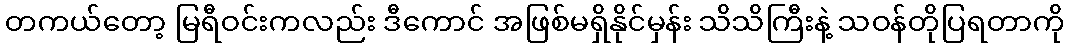
တကယ်တော့ မြရီဝင်းကလည်း ဒီကောင် အဖြစ်မရှိနိုင်မှန်း သိသိကြီးနဲ့ သဝန်တိုပြရတာကို